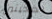
الضحيتين